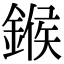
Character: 鍭